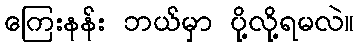
ကြေးနန်း ဘယ်မှာ ပို့လို့ရမလဲ။